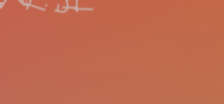
الآن أفضل أنواع القهوة ال